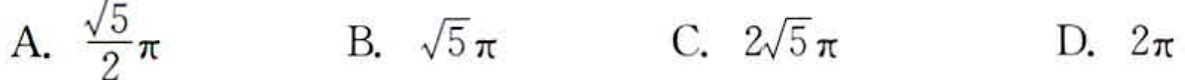
A. $\frac{\sqrt{5}}{2}\pi$  B. $\sqrt{5}\pi$  C. $2\sqrt{5}\pi$  D. $2\pi$